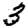
Digit: 3